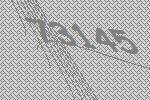
73145